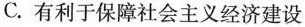
C.有利于保障社会主义经济建设